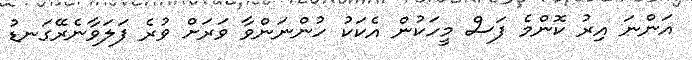
އަންނަ އިރު ކޮންމެ ފަސް މީހަކުން އެކަކު ހުންނަންވާ ވަރަށް ވުރެ ފަލަވާނެރޭގަނޑު